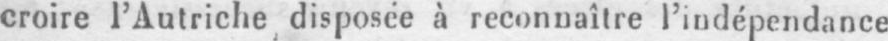
croire l’Autriche disposée à reconnaître l’indépendance